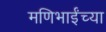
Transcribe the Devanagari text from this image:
मणिभाईंच्या